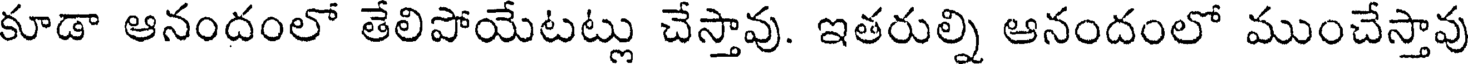
కూడా ఆనందంలో తేలిపోయేటట్లు చేస్తావు. ఇతరుల్ని ఆనందంలో ముంచేస్తావు